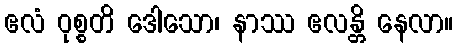
ဧလံ ဝုစ္စတိ ဒေါသော၊ နာဿ ဧလန္တိ နေလာ။